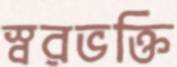
স্বরভক্তি